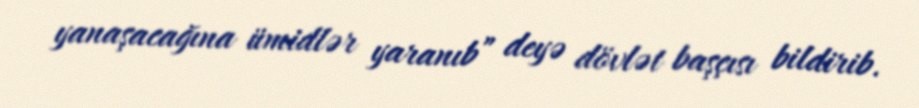
yanaşacağına ümidlər yaranıb” deyə dövlət başçısı bildirib.